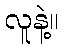
လူနဲ့။